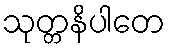
သုတ္တနိပါတေ